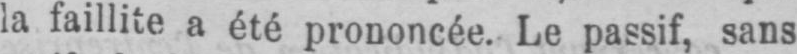
la faillite a été prononcée. Le passif, sans